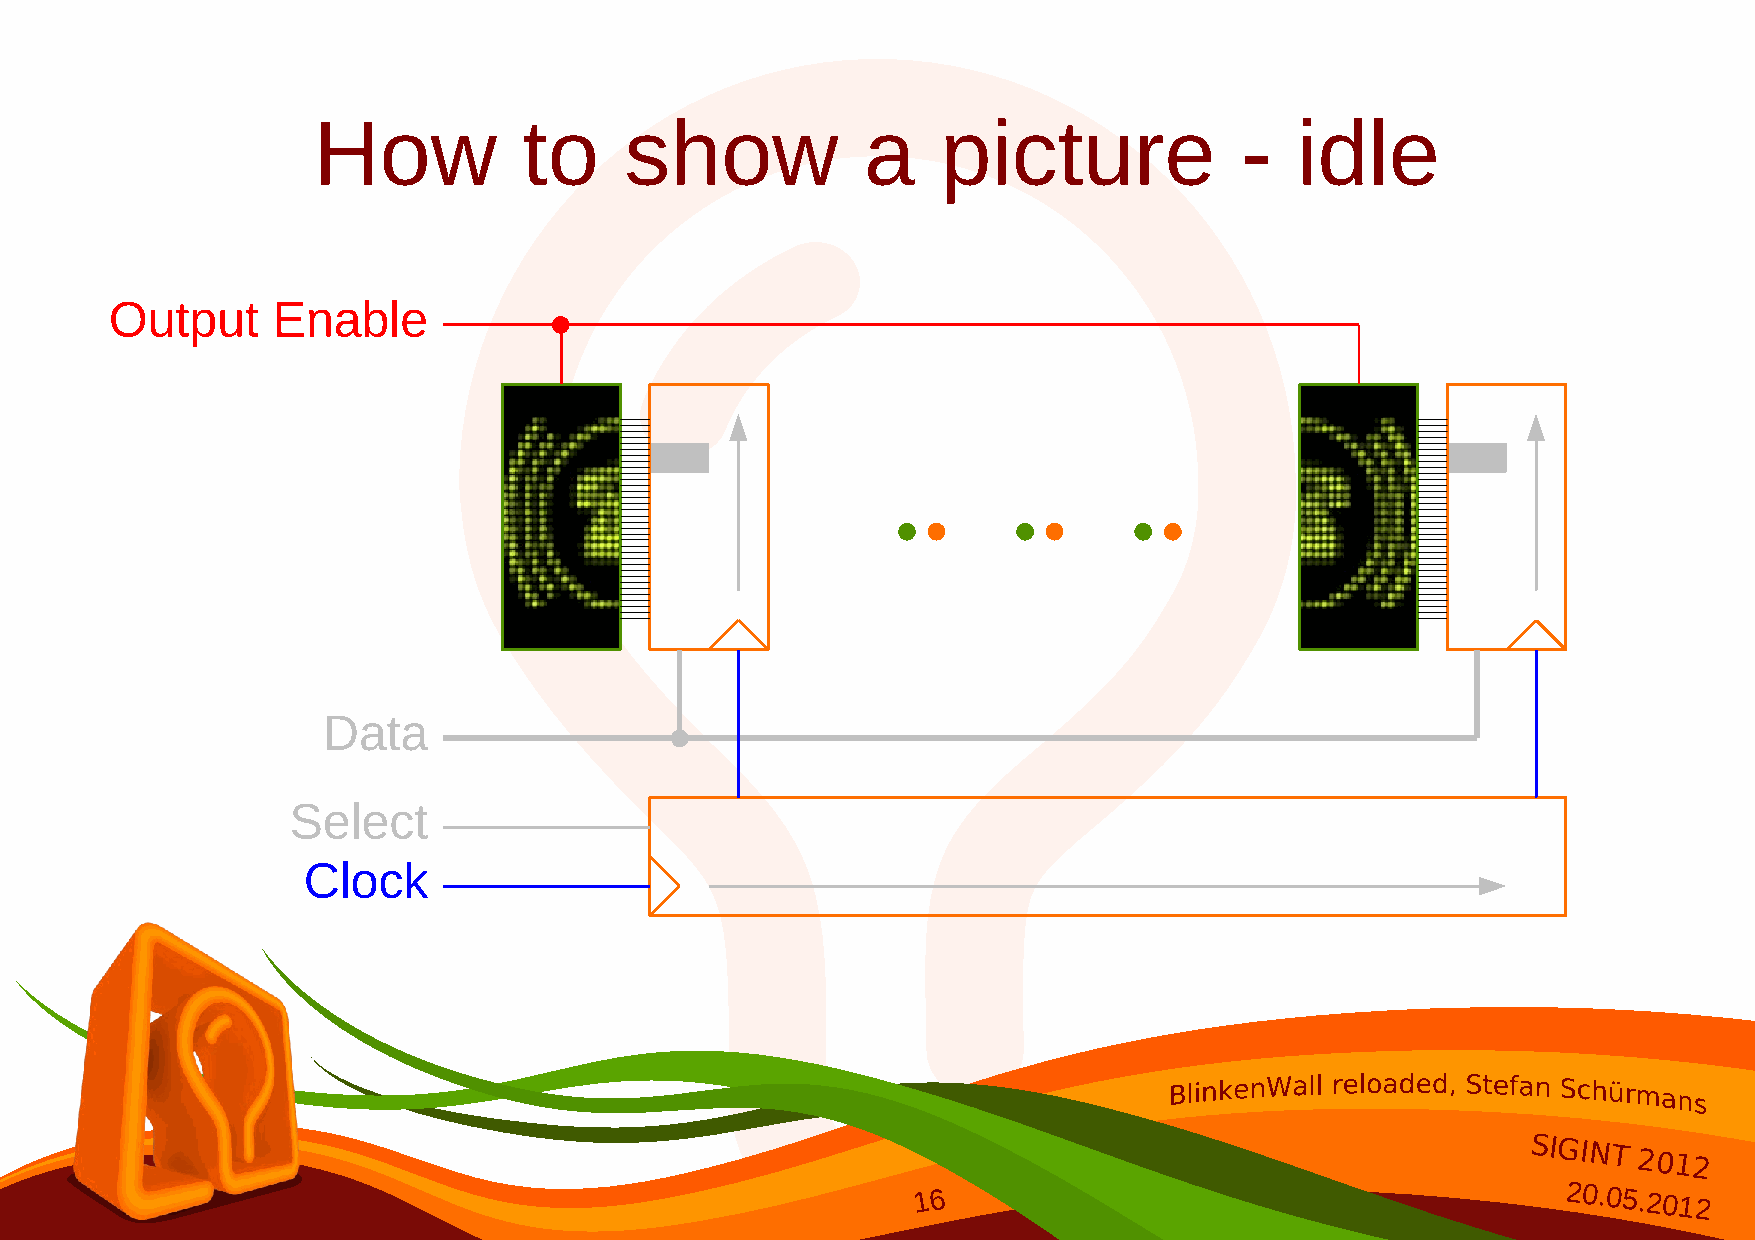
How           to    show            a    picture             -   idle
 Output     Enable
 Data
 Select
 Clock
 SIGINT
 2012
 16                                        20.05.2012